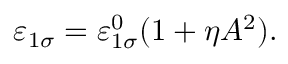
\varepsilon _ { 1 \sigma } = \varepsilon _ { 1 \sigma } ^ { 0 } ( 1 + \eta A ^ { 2 } ) .